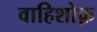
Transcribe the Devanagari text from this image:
वाहिशोफ़